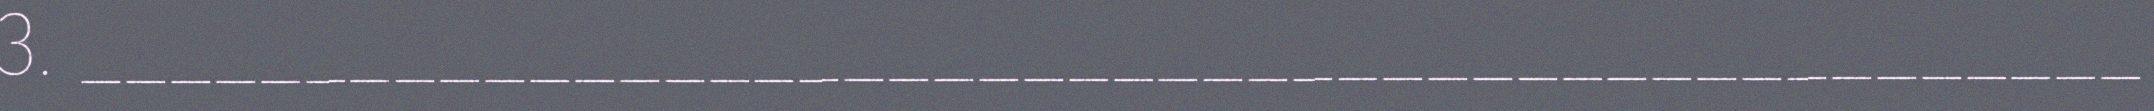
3. ______________________________________________